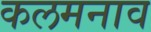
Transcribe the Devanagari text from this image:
कलमनाव